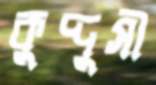
কুদ্দুসী